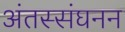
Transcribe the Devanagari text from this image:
अंतस्संघनन